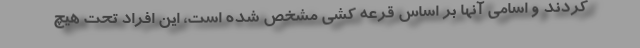
كردند و اسامي آنها بر اساس قرعه كشي مشخص شده است، اين افراد تحت هيچ